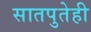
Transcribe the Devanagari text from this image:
सातपुतेही